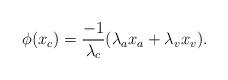
LaTeX: \begin{align*}\phi(x_c) = \frac{-1}{\lambda_c} (\lambda_ax_a + \lambda_v x_v).\end{align*}